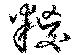
糉